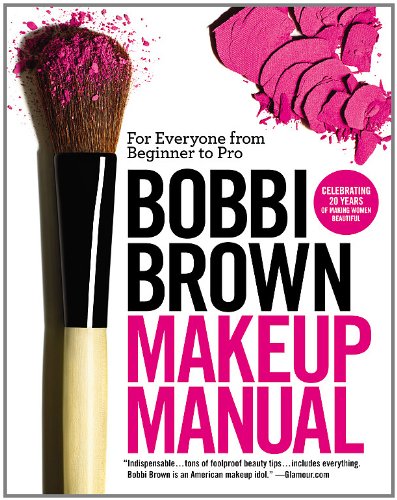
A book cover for Bobbi Brown Makeup Manual: For Everyone from Beginner to Pro; Bobbi Brown; Health, Fitness & Dieting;